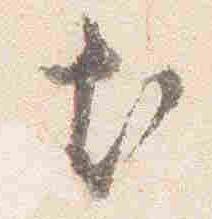
尤